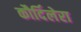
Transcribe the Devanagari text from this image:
कौर्दिलेरा